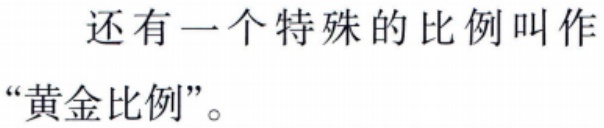
还有一个特殊的比例叫作“黄金比例”。